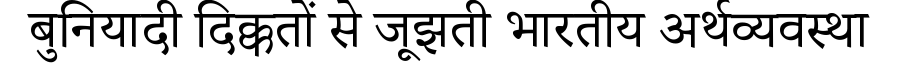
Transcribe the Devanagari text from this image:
बुनियादी दिक्कतों से जूझती भारतीय अर्थव्यवस्था